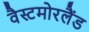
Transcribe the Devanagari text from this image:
वैस्टमोरलैंड